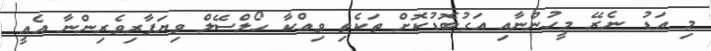
މި އަޑު ނެރޭ މީހުންނާއި އަގުބޮޑުކޮށް ތަކެތި ވިއްކާ ހޯލްސޭލް ވިޔަފާރިވެރިންނާ އެއީ